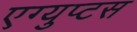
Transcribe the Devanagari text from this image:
एग्युप्टस